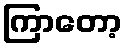
ကြာတော့